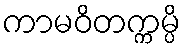
ကာမဝိတက္ကမ္ပိ